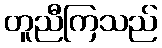
တူညီကြသည်